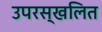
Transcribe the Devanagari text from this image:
उपरस्खलित